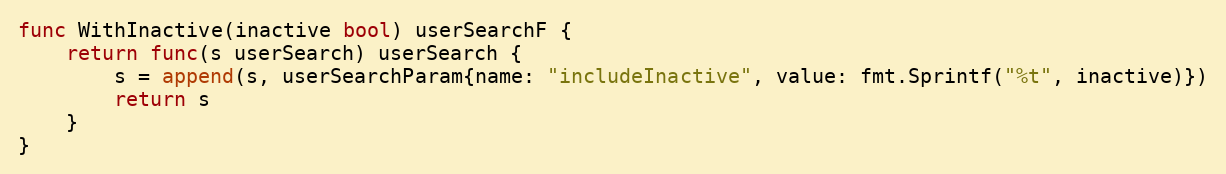
Language: Go
func WithInactive(inactive bool) userSearchF {
	return func(s userSearch) userSearch {
		s = append(s, userSearchParam{name: "includeInactive", value: fmt.Sprintf("%t", inactive)})
		return s
	}
}